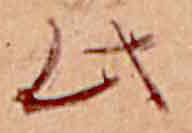
此